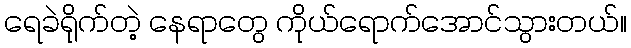
ရေခဲရိုက်တဲ့ နေရာတွေ ကိုယ်ရောက်အောင်သွားတယ်။